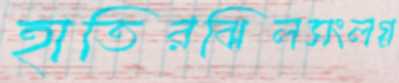
হাতিরঝিলসংলগ্ন